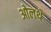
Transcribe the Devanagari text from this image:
ओलथे